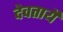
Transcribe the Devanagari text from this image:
देवतायै